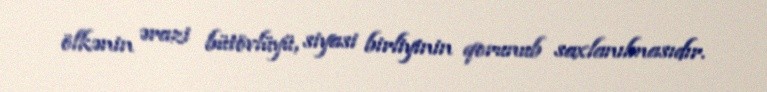
ölkənin ərazi bütövlüyü, siyasi birliyinin qorunub saxlanılmasıdır.